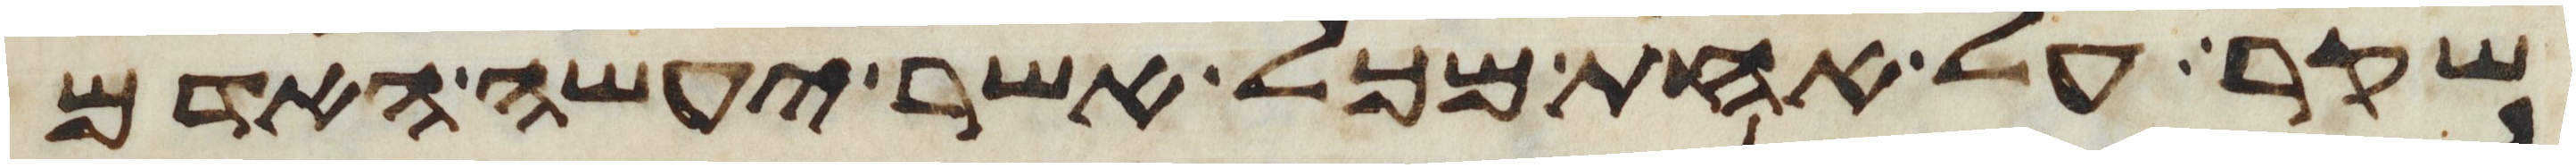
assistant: שקר על אחת מכל אשר יעשה האדם